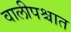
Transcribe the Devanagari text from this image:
वालीपश्चात